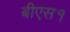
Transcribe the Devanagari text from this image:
बीएस१